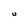
Character: U